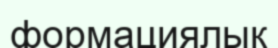
формациялық